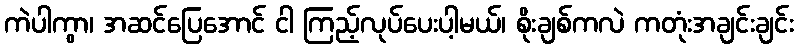
ကဲပါကွာ၊ အဆင်ပြေအောင် ငါ ကြည့်လုပ်ပေးပါ့မယ်၊ စိုးချစ်ကလဲ ကတုံးအချင်းချင်း